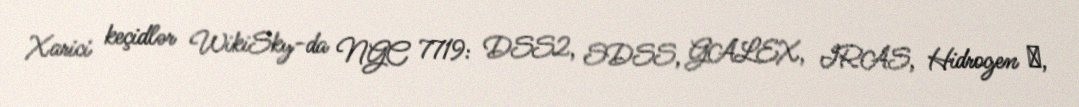
Xarici keçidlər WikiSky-da NGC 7719: DSS2, SDSS, GALEX, IRAS, Hidrogen α,